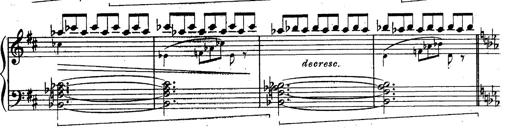
Title: Schubert's Impromptus [revised and edited by Franz Liszt]
Composer: Franz Liszt